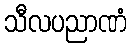
သီလပညာဏံ